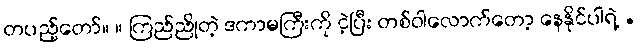
တပည့်တော်။ ။ ကြည်ညိုတဲ့ ဒကာမကြီးကို ငဲ့ပြီး တစ်ဝါလောက်တော့ နေနိုင်ပါရဲ့ .